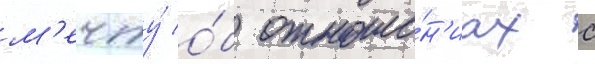
м'ечту́ о́б отноше́н'иах с